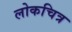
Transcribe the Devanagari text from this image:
लोकचित्र